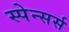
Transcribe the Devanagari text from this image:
स्पेन्सर्स